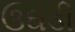
ઉઘડી